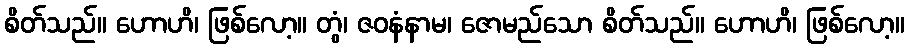
စိတ်သည်။ ဟောဟိ၊ ဖြစ်လော့။ တွံ၊ ဇဝနံနာမ၊ ဇောမည်သော စိတ်သည်။ ဟောဟိ၊ ဖြစ်လော့။